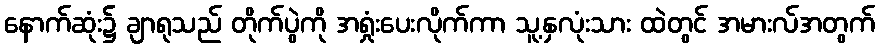
နောက်ဆုံး၌ ချာရုသည် တိုက်ပွဲကို အရှုံးပေးလိုက်ကာ သူ့နှလုံးသား ထဲတွင် အမားလ်အတွက်